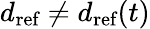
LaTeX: d_{\textrm{ref}}\neq d_{\textrm{ref}}(t)